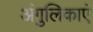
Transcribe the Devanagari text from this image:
अंगुलिकाएं